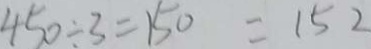
4 5 0 \div 3 = 1 5 0 = 1 5 2